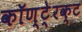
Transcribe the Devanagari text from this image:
कॉण्टे्रक्ट